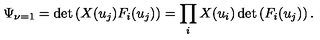
\Psi _ { \nu = 1 } = \det \left( X ( u _ { j } ) F _ { i } ( u _ { j } ) \right) = \prod _ { i } X ( u _ { i } ) \det \left( F _ { i } ( u _ { j } ) \right) .